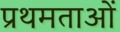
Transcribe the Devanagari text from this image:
प्रथमताओं